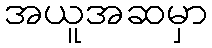
အယူအဆမှာ